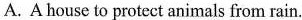
A. A house to protect animals from rain.